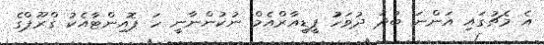
އެ މެޗުގައި އަންނަ ބުދަ ދުވަހުު ޕީޑީއާރްއެމް ނުކުންނާނީ ހަ ޕޮއިންޓާއެކު ގްރޫޕްގެ